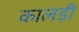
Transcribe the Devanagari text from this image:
कालड़ी